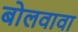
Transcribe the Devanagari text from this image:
बोलवावा